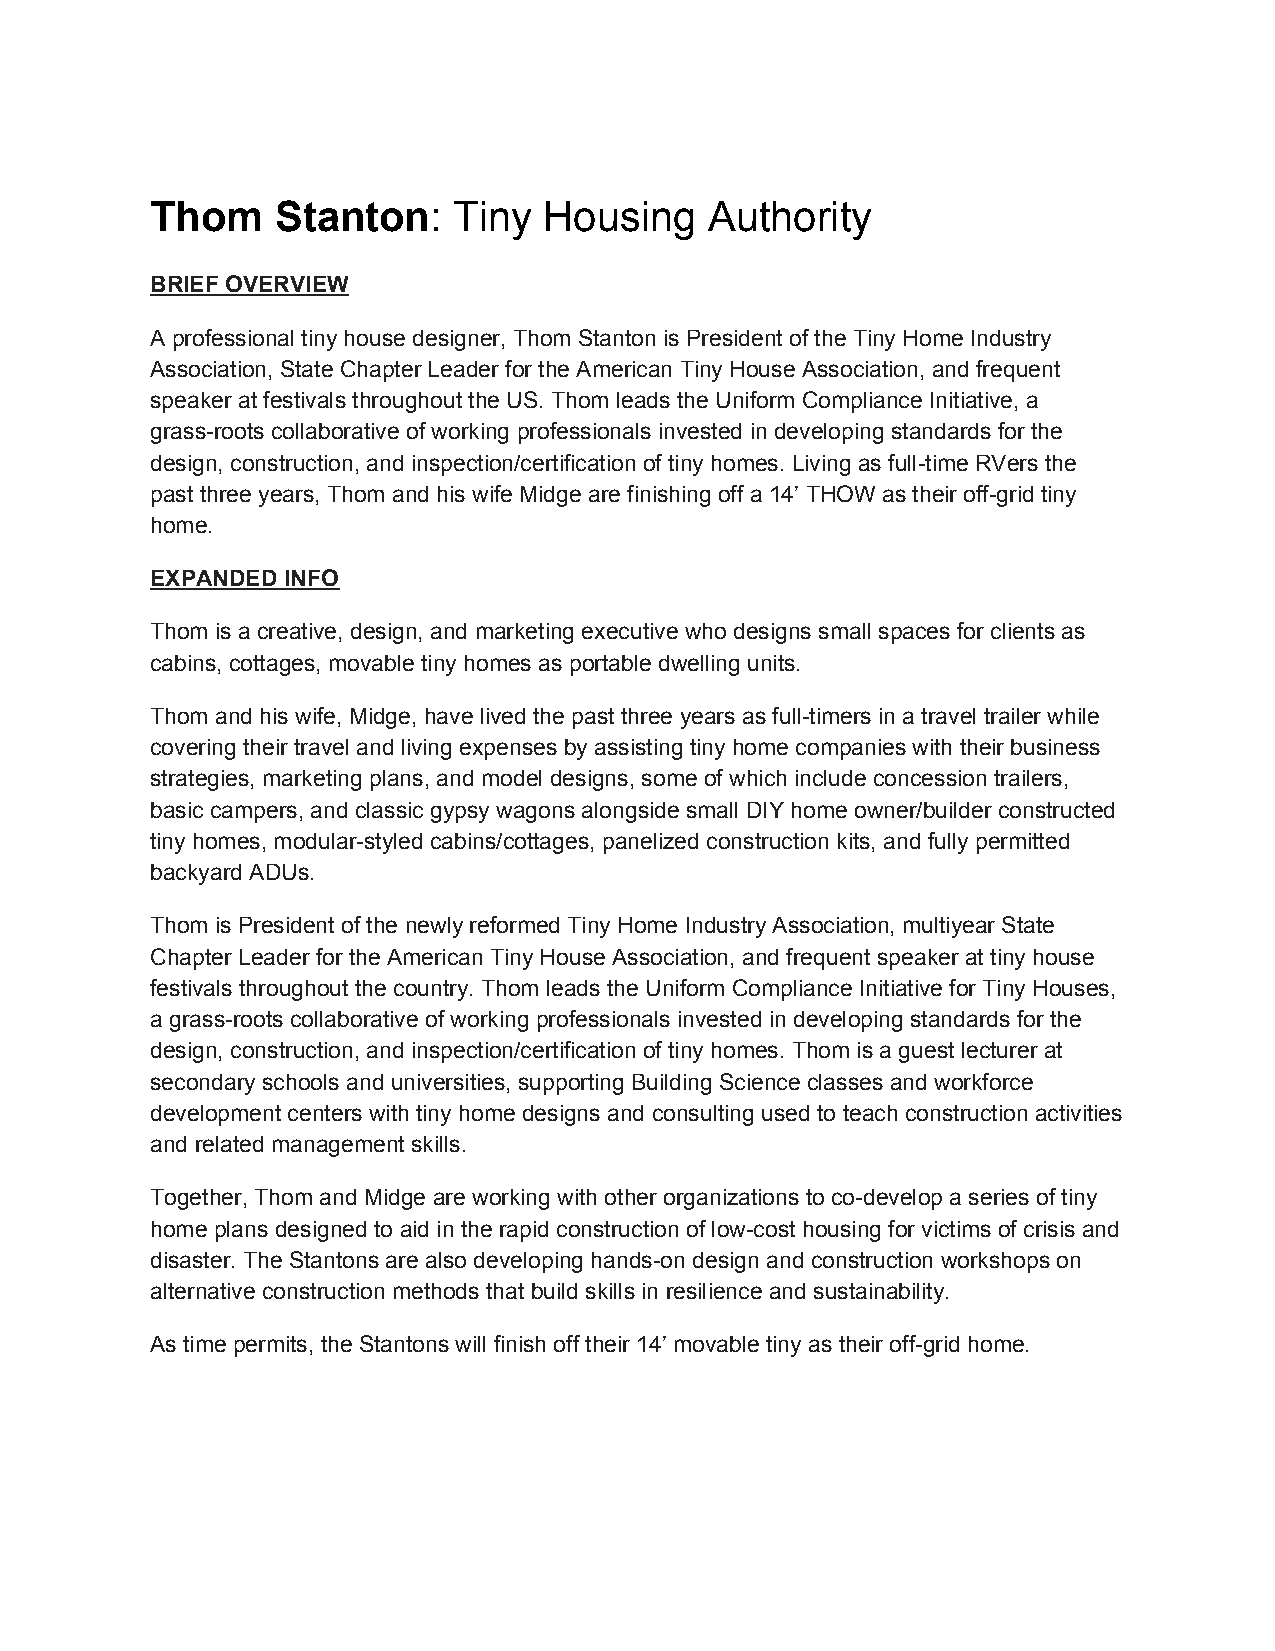
Thom    Stanton:    Tiny  Housing    Authority
 ​
 BRIEF OVERVIEW
 A professional tiny house designer, Thom Stanton is President of the Tiny Home Industry
 Association, State Chapter Leader for the American Tiny House Association, and frequent
 speaker at festivals throughout the US. Thom leads the Uniform Compliance Initiative, a
 grass-roots collaborative of working professionals invested in developing standards for the
 design, construction, and inspection/certification of tiny homes. Living as full-time RVers the
 past three years, Thom and his wife Midge are finishing off a 14’ THOW as their off-grid tiny
 home.
 EXPANDED INFO
 Thom is a creative, design, and marketing executive who designs small spaces for clients as
 cabins, cottages, movable tiny homes as portable dwelling units.
 Thom and his wife, Midge, have lived the past three years as full-timers in a travel trailer while
 covering their travel and living expenses by assisting tiny home companies with their business
 strategies, marketing plans, and model designs, some of which include concession trailers,
 basic campers, and classic gypsy wagons alongside small DIY home owner/builder constructed
 tiny homes, modular-styled cabins/cottages, panelized construction kits, and fully permitted
 backyard ADUs.
 Thom is President of the newly reformed Tiny Home Industry Association, multiyear State
 Chapter Leader for the American Tiny House Association, and frequent speaker at tiny house
 festivals throughout the country. Thom leads the Uniform Compliance Initiative for Tiny Houses,
 a grass-roots collaborative of working professionals invested in developing standards for the
 design, construction, and inspection/certification of tiny homes. Thom is a guest lecturer at
 secondary schools and universities, supporting Building Science classes and workforce
 development centers with tiny home designs and consulting used to teach construction activities
 and related management skills.
 Together, Thom and Midge are working with other organizations to co-develop a series of tiny
 home plans designed to aid in the rapid construction of low-cost housing for victims of crisis and
 disaster. The Stantons are also developing hands-on design and construction workshops on
 alternative construction methods that build skills in resilience and sustainability.
 As time permits, the Stantons will finish off their 14’ movable tiny as their off-grid home.